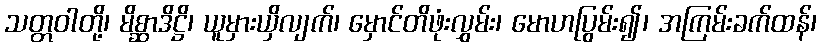
သတ္တဝါတို့၊ မိစ္ဆာဒိဋ္ဌိ၊ ယူမှားယှိလျက်၊ မှောင်တိဖုံးလွှမ်း၊ မောဟပြွမ်း၍၊ အကြမ်းခက်ထန်၊